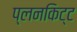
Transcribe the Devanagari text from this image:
प्लनकिट्ट